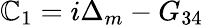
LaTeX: {\mathbb{C}_{1}}=i{\Delta_{m}}-{G_{34}}